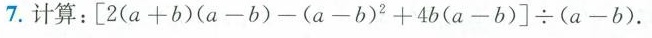
7.计算$$: \left[ 2(a+b)(a-b)-(a-b)^{2}+4b(a-b)\right] \div(a-b$$ .